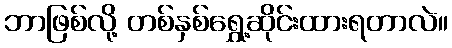
ဘာဖြစ်လို့ တစ်နှစ်ရွှေ့ဆိုင်းထားရတာလဲ။